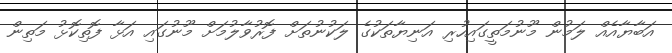
އަބާޔާއެއް ލަމުން މޫނުމަތީގައިހުރި އަނިޔާތަކުގެ ލަކުނުތަށް ފޮރުވާލުމަށް މޫނުގައި އަޅާ ފޮތިކޮޅު މަތިން